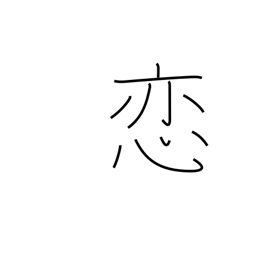
Meaning: in love